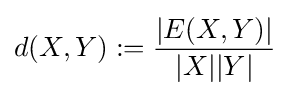
d(X,Y):={\frac {\left|E(X,Y)\right|}{|X||Y|}}